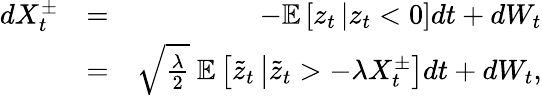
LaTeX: \begin{array}{rlr}{dX_{t}^{\pm}}&{=}&{-\mathbb{E}\left[z_{t}\left|z_{t}<0\right.\right]dt+dW_{t}}\\ &{=}&{\sqrt{\frac{\lambda}{2}}\ \mathbb{E}\left[\tilde{z}_{t}\left|\tilde{z}_{t}>-\lambda X_{t}^{\pm}\right.\right]dt+dW_{t},}\end{array}